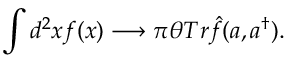
\int d ^ { 2 } x f ( x ) \longrightarrow \pi \theta T r \hat { f } ( a , a ^ { \dagger } ) .